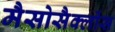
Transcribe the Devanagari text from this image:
मैसोसैक्लोंस